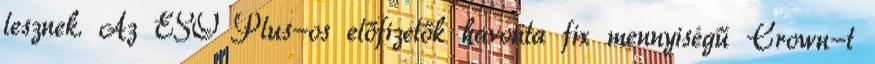
lesznek. Az ESO Plus-os előfizetők havonta fix mennyiségű Crown-t